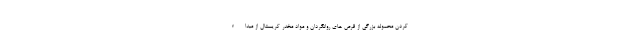
کردن محموله بزرگی از قرص های روانگردان و مواد مخدر کریستال از مبداء